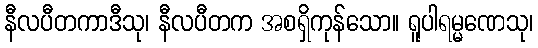
နီလပီတကာဒီသု၊ နီလပီတက အစရှိကုန်သော။ ရူပါရမ္မဏေသု၊